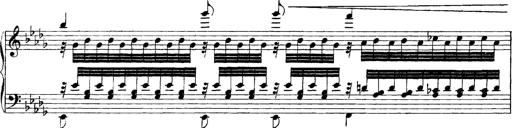
Title: Grandes Etudes
Composer: Franz Liszt